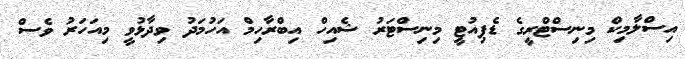
އިސްލާމިކް މިނިސްޓްރީގެ ޑެޕިއުޓީ މިނިސްޓަރު ޝެއިހް އިބްރާހިމް އަހުމަދު ވިދާޅުވީ މިއަހަރު ވެސް